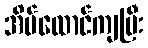
အိမ်ထောင်ကျပြီး